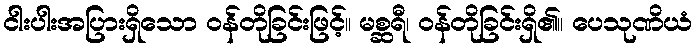
ငါးပါးအပြားရှိသော ဝန်တိုခြင်းဖြင့်။ မစ္ဆရီ၊ ဝန်တိုခြင်းရှိ၏။ ပေသုဏိယံ